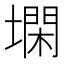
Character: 𰊨